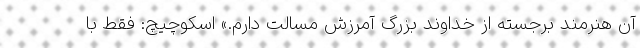
آن هنرمند برجسته از خداوند بزرگ آمرزش مسالت دارم.» اسکوچیچ: فقط با